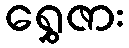
ရွှေဇား